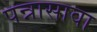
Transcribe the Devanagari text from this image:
पन्नासावा